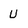
Character: u